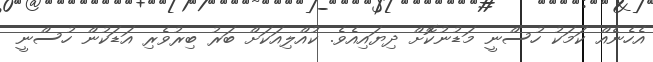
އެހެނެއް ކަމަކު ހުސްނީ މަޑުނުކޮށް ދިޔައިއެވެ. ކުއްލިއަކަށް ބަރު ބިރުވެރި އަޑަކުން ހުސްނީ